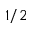
1 / 2